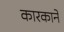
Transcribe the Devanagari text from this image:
कारकाने